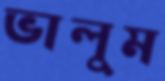
ভালুম